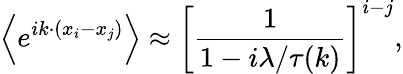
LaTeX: \left\langle e^{ik\cdot(x_{i}-x_{j})}\right\rangle\approx\left[\frac{1}{1-i\lambda/\tau(k)}\right]^{i-j},